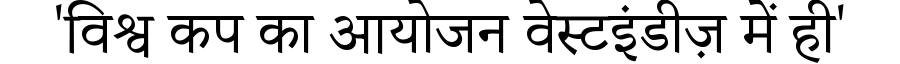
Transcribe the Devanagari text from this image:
'विश्व कप का आयोजन वेस्टइंडीज़ में ही'